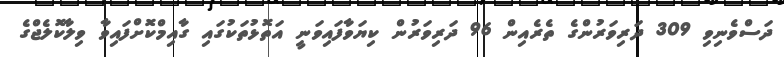
ދަަސްވެނިވި 309 ދަރިވަރުންގެ ތެރެއިން 96 ދަރިވަރުން ކިޔަވާފައިވަނީ އަތޮޅުތަކުގައި ގާއިމްކޮށްފައިވާ ވިލާކޮލެޖްގެ